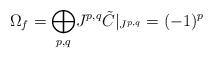
LaTeX: \begin{align*}\Omega_f=\displaystyle{\bigoplus_{p,q}}J^{p,q} \tilde{C}|_{J^{p,q}}=(-1)^{p} \end{align*}